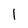
Character: l